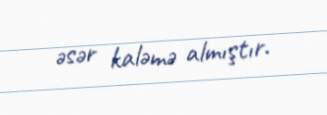
əsər kaləmə almıştır.